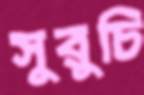
সুরুচি